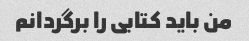
من باید کتابی را برگردانم